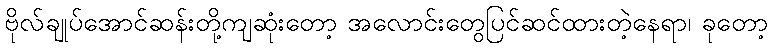
ဗိုလ်ချုပ်အောင်ဆန်းတို့ကျဆုံးတော့ အလောင်းတွေပြင်ဆင်ထားတဲ့နေရာ၊ ခုတော့